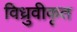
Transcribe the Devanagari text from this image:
विध्रुवीकृत